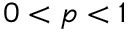
0 < p < 1